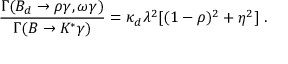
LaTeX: \frac { \Gamma ( B _ { d } \to \rho \gamma , \omega \gamma ) } { \Gamma ( B \to K ^ { * } \gamma ) } = \kappa _ { d } \lambda ^ { 2 } [ ( 1 - \rho ) ^ { 2 } + \eta ^ { 2 } ] ~ .